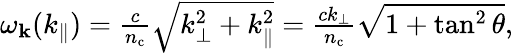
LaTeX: \begin{array}{r}{\omega_{\mathbf k}(k_{\parallel})=\frac{c}{n_{\mathrm{c}}}\sqrt{k_{\perp}^{2}+k_{\parallel}^{2}}=\frac{ck_{\perp}}{n_{\mathrm{c}}}\sqrt{1+\tan^{2}\theta},}\end{array}